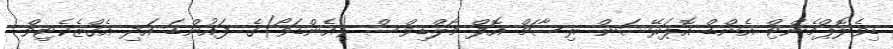
ޑިވެލޮޕްމެންޓް އެންޑް އޮޕަރޭޝަން ރިސާޗް އޮފް މޯލްޑިވްސް (އެންޑަވޯ)ގެ ފައުންޑަ އަދި އެގްޒެކެޓިވް